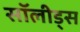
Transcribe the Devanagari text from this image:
सॉलीड्स